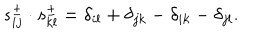
LaTeX: s _ { i j } ^ { \pm } \cdot s _ { k l } ^ { \pm } = \delta _ { i l } + \delta _ { j k } - \delta _ { i k } - \delta _ { j l } .